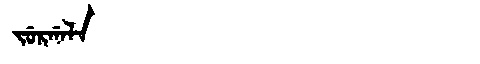
Manchu: ᠵᡠᡵᡤᠠᠯᠠ
Romanization: JURGALA